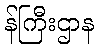
န်ကြီးဌာန